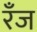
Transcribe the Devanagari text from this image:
रँज